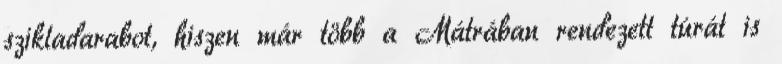
szikladarabot, hiszen már több a Mátrában rendezett túrát is